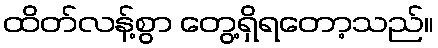
ထိတ်လန့်စွာ တွေ့ရှိရတော့သည်။